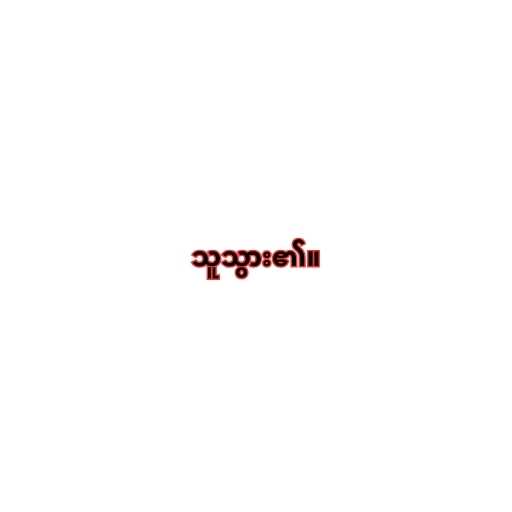
သူသွား၏။